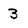
Character: 3